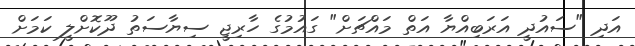
އަދި "ސައުދީ އަރަބިއްޔާ އަތް މައްޗަށް" ގައުމުގެ ހާރިޖީ ސިޔާސަތު ދޫކޮށްލީ ކަމަށް